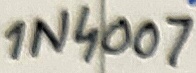
Text: 1N4007